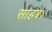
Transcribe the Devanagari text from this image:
साहब।